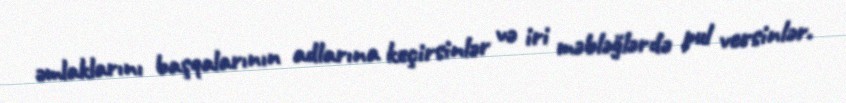
əmlaklarını başqalarının adlarına keçirsinlər və iri məbləğlərdə pul versinlər.